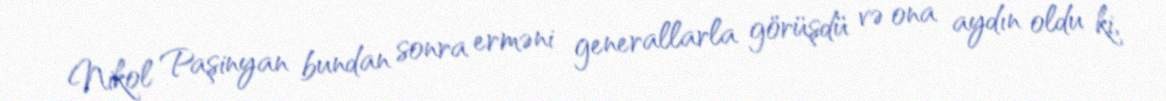
Nikol Paşinyan bundan sonra erməni generallarla görüşdü və ona aydın oldu ki,